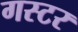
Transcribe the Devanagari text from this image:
गस्टर